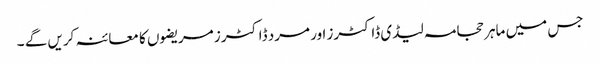
جس میں ماہر حجامہ لیڈی ڈاکٹرز اور مرد ڈاکٹرز مریضوں کا معائنہ کریں گے ۔